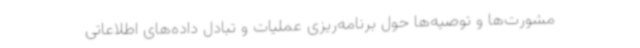
مشورت‌ها و توصیه‌ها حول برنامه‌ریزی عملیات و تبادل داده‌های اطلاعاتی